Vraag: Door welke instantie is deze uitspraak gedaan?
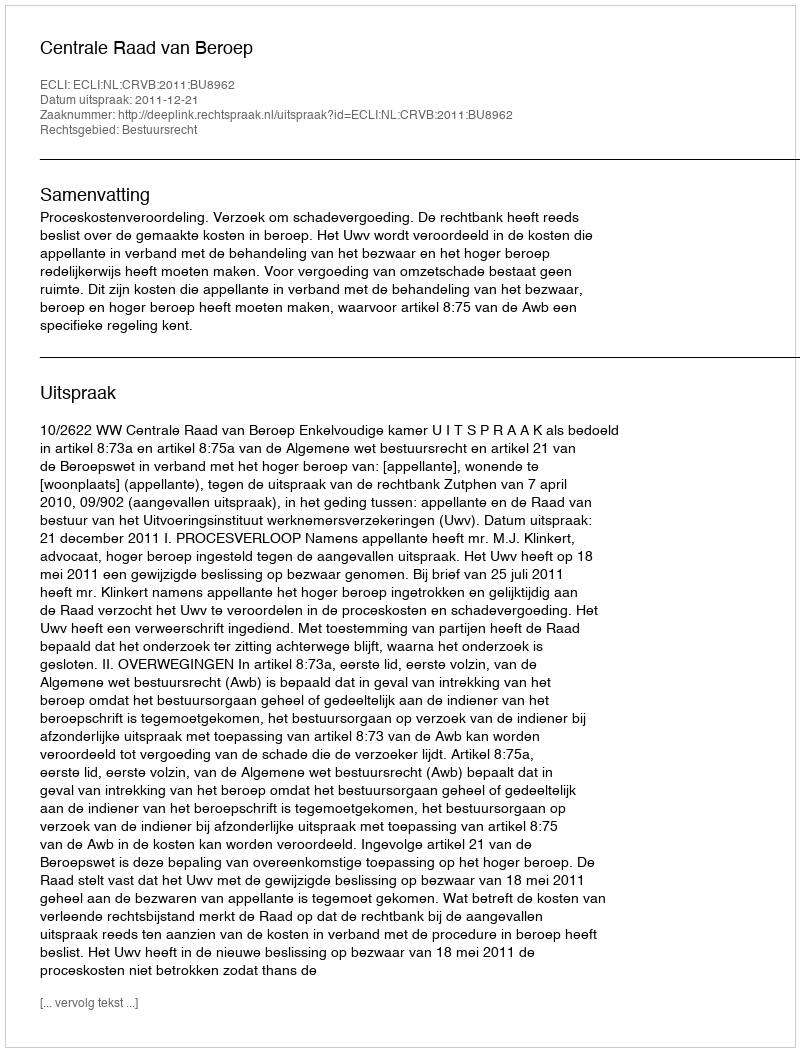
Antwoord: Centrale Raad van Beroep